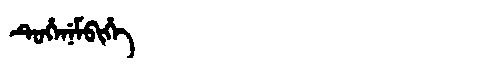
Manchu: ᡨᡠᡥᡝᠨᡝᠮᠪᡳᡥᡝ
Romanization: TUHENEMBIHE